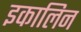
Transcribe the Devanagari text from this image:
इकालिन